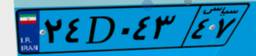
۰۴D۷۲۸۴۷